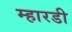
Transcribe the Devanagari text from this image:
म्हारडी